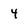
Character: 4